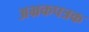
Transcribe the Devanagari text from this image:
अभ्रकपत्रक